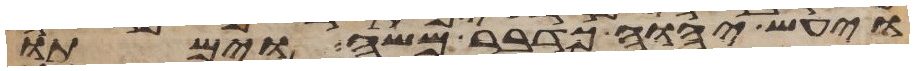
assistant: ויעש יהוה כדבר משה וימתו